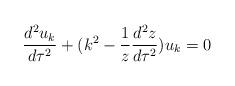
LaTeX: \begin{align*}\frac{d^2u_k}{d\tau^2}+(k^2-\frac{1}{z}\frac{d^2z}{d\tau^2})u_k=0\end{align*}